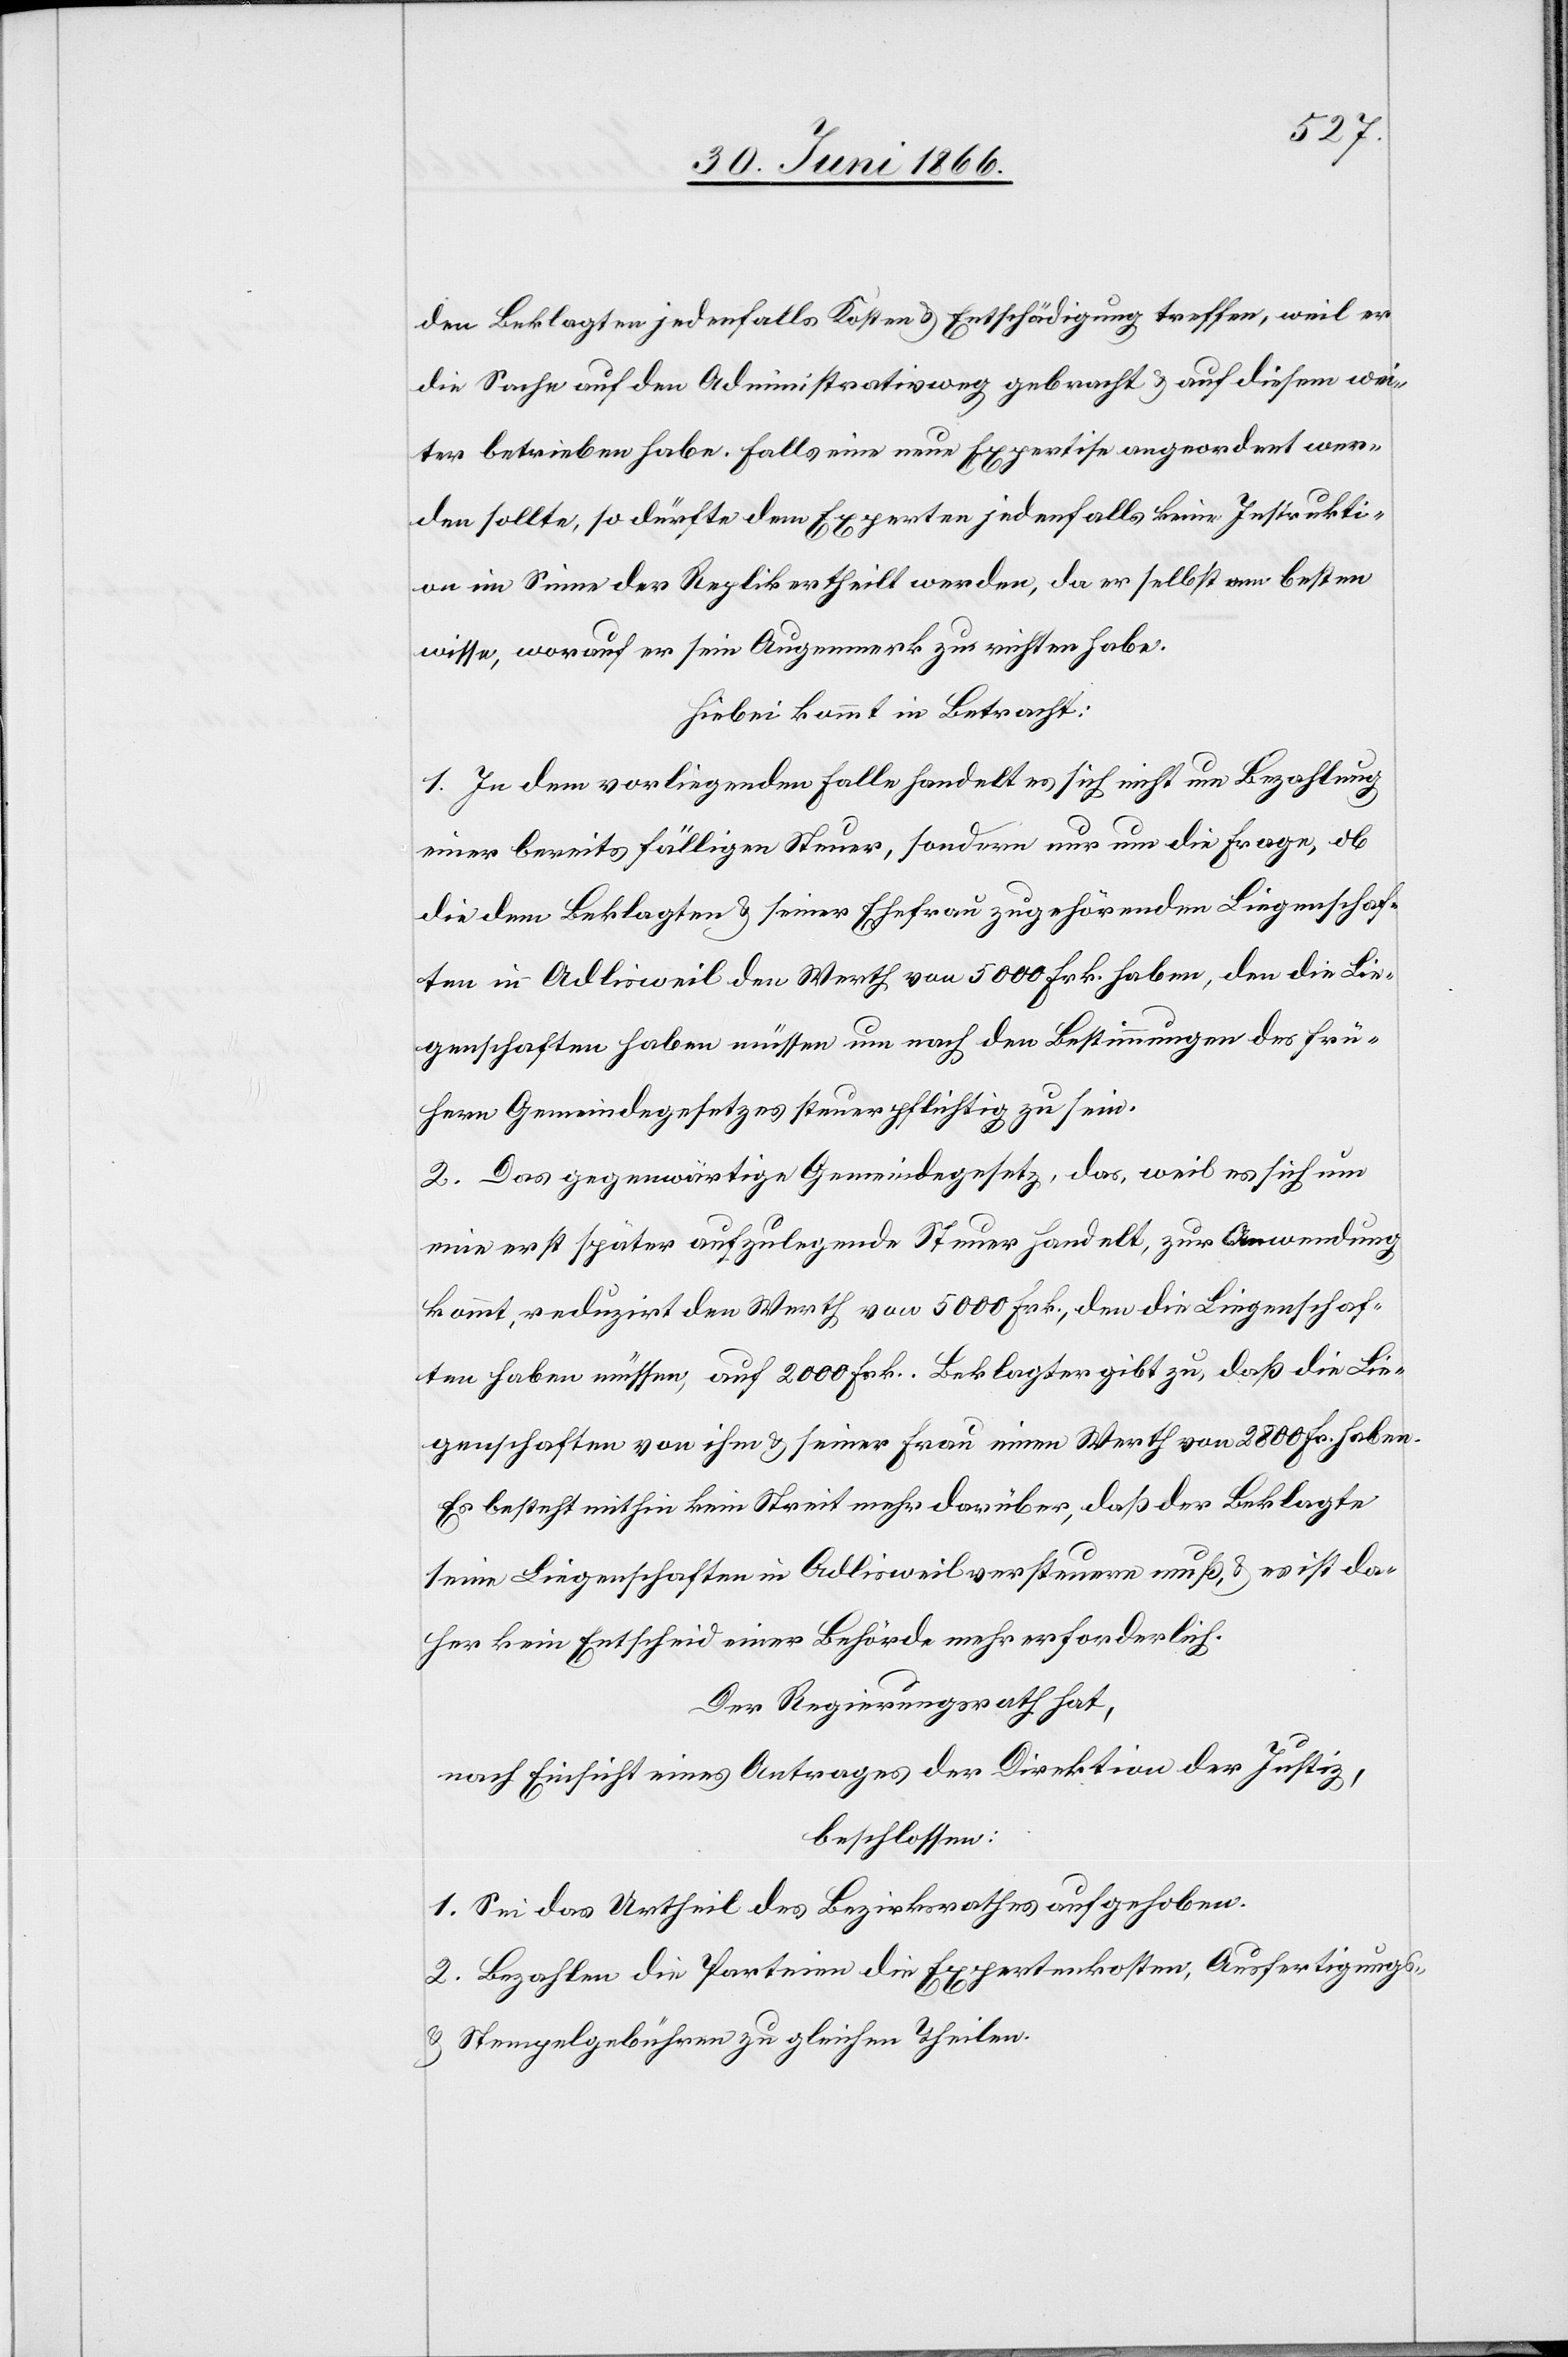
den Beklagten jedenfalls Kosten u. Entschädigung treffen, weil er
die Sache auf den Administrativweg gebracht u. auf diesem wei¬
ter betrieben habe. Falls eine neue Expertise angeordnet wer¬
den sollte, so dürfte dem Experten jedenfalls keine Instrukti¬
on im Sinne der Replik ertheilt werden, da er selbst am besten
wisse, worauf er sein Augenmerk zu richten habe.
Hiebei kommt in Betracht:
1. In dem vorliegenden Falle handelt es sich nicht um Bezahlung
einer bereits fälligen Steuer, sondern nur um die Frage, ob
die dem Beklagten u. seiner Ehefrau zugehörenden Liegenschaf¬
ten in Adlisweil den Werth von 5000 Frk. haben, den die Lie¬
genschaften haben müssen um nach den Bestimmungen des frü¬
hern Gemeindegesetzes steuerpflichtig zu sein.
2. Das gegenwärtige Gemeindegesetz, das, weil es sich um
eine erst später aufzulegende Steuer handelt, zur Anwendung
kommt, reduzirt den Werth von 5000 Frk., den die Liegenschaf¬
ten haben müssen, auf 2000 Frk. Beklagter gibt zu, daß die Lie¬
genschaften von ihm u. seiner Frau einen Werth von 2800 Frk. haben.
Es besteht mithin kein Streit mehr darüber, daß der Beklagte
seine Liegenschaften in Adlisweil versteuern muß u. es ist da¬
her kein Entscheid einer Behörde mehr erforderlich.
Der Regierungsrath hat,
nach Einsicht eines Antrages der Direktion der Justiz,
beschlossen:
1. Sei das Urtheil des Bezirksrathes aufgehoben.
2. Bezahlen die Parteien die Expertenkosten, Ausfertigungs-
u. Stempelgebühren zu gleichen Theilen.